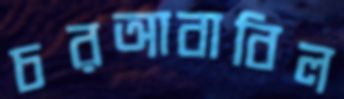
চরআবাবিল